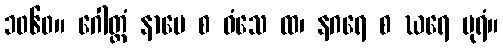
၁၀၆၀။ ဂေါတ္တံ နာမေ စ ဝံသေ ထ၊ နဂရေ စ ဃရေ ပုရံ။